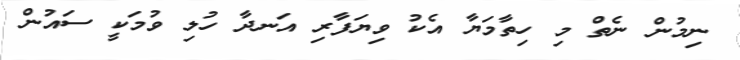
ނިމުން ނެތް މި ހިތާމަޔާ އެކު ވިޔަފާރި އަނދާ ހުލި ވުމަކީ ސައުން